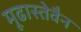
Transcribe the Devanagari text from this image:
मूढास्तेवैन